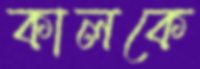
কালকে